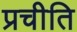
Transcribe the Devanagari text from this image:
प्रचीति